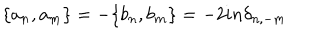
LaTeX: \{ a _ { n } , a _ { m } \} = - \{ b _ { n } , b _ { m } \} = - 2 i n { \delta } _ { n , - m }